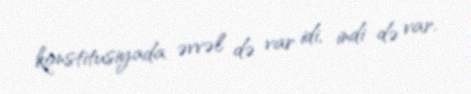
konstitusiyada əvvəl də var idi, indi də var.